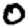
Digit: 0